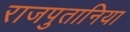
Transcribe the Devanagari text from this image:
राजपुतानिया